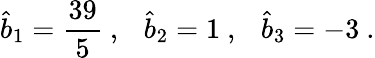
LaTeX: {\widehat b}_{1}={\frac{39}{5}}~,~~~{\widehat b}_{2}=1~,~~~{\widehat b}_{3}=-3~.